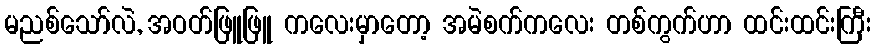
မညစ်သော်လဲ, အဝတ်ဖြူဖြူ ကလေးမှာတော့ အမဲစက်ကလေး တစ်ကွက်ဟာ ထင်းထင်းကြီး